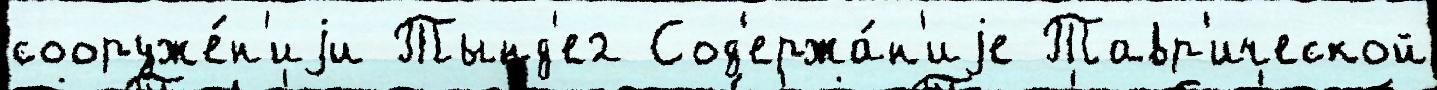
сооруже́н'иjи Тынд'е2 Сод'ержа́н'иjе Тавр'ической